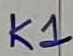
Text: K1